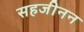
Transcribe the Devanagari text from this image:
सहजीनन